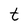
Character: t